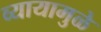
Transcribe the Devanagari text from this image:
व्यायामुळे